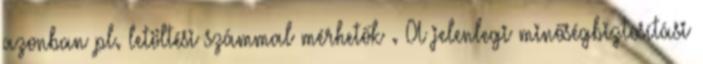
azonban pl. letöltési számmal mérhetők . A jelenlegi minőségbiztosítási